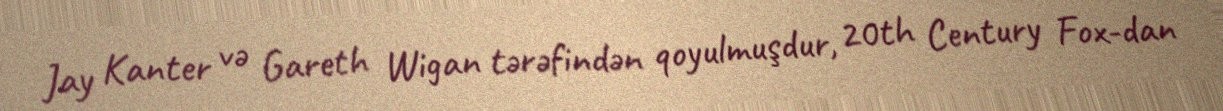
Jay Kanter və Gareth Wigan tərəfindən qoyulmuşdur, 20th Century Fox-dan